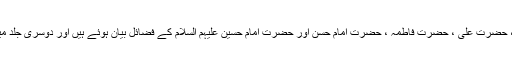
اس کی پہلی جلد میں حضرت رسول خدا ، حضرت علی ، حضرت فاطمہ ، حضرت امام حسن اور حضرت امام حسین علیہم السلام کے فضائل بیان ہوئے ہیں اور دوسری جلد میں واقعہ کربلا کی تفصیل بیان ہوئی ہے ۔